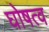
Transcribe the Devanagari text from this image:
घोषत्व